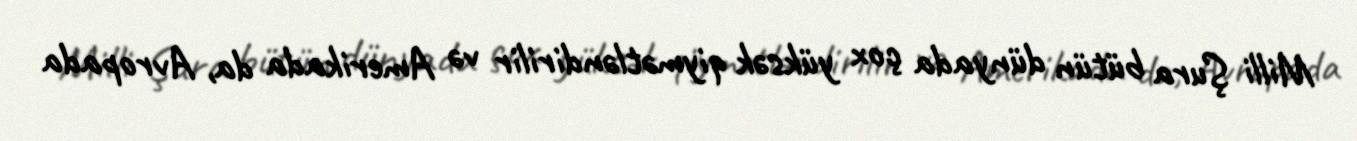
Milli Şura bütün dünyada çox yüksək qiymətləndirilir və Amerikada da, Avropada